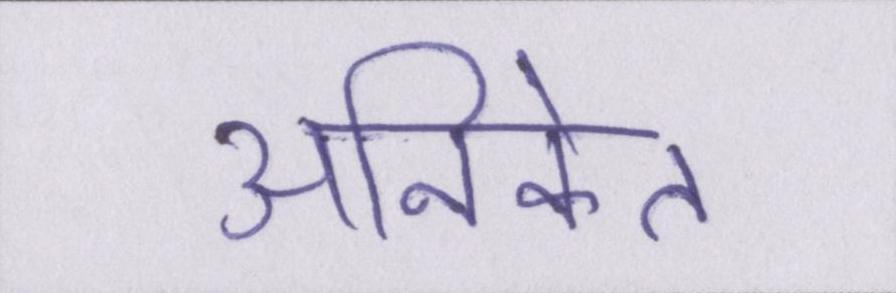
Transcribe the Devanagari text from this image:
अनिकेत